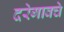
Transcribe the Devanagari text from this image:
दरेगावचे